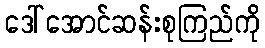
ဒေါ်အောင်ဆန်းစုကြည်ကို